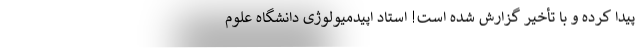
پیدا کرده و با تأخیر گزارش شده است! استاد اپیدمیولوژی دانشگاه علوم